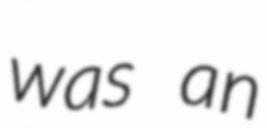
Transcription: was an